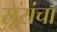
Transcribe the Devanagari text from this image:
सूरांचा